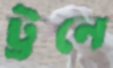
ট্রনে